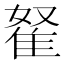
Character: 𨾯